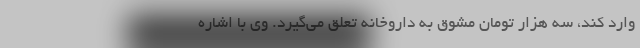
وارد کند، سه هزار تومان مشوق به داروخانه تعلق می‌گیرد. وی با اشاره